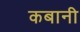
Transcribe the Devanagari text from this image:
कबानी